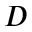
D